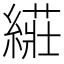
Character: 𱺀